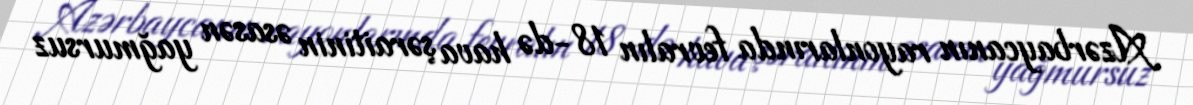
Azərbaycanın rayonlarında fevralın 18-də hava şəraitinin əsasən yağmursuz